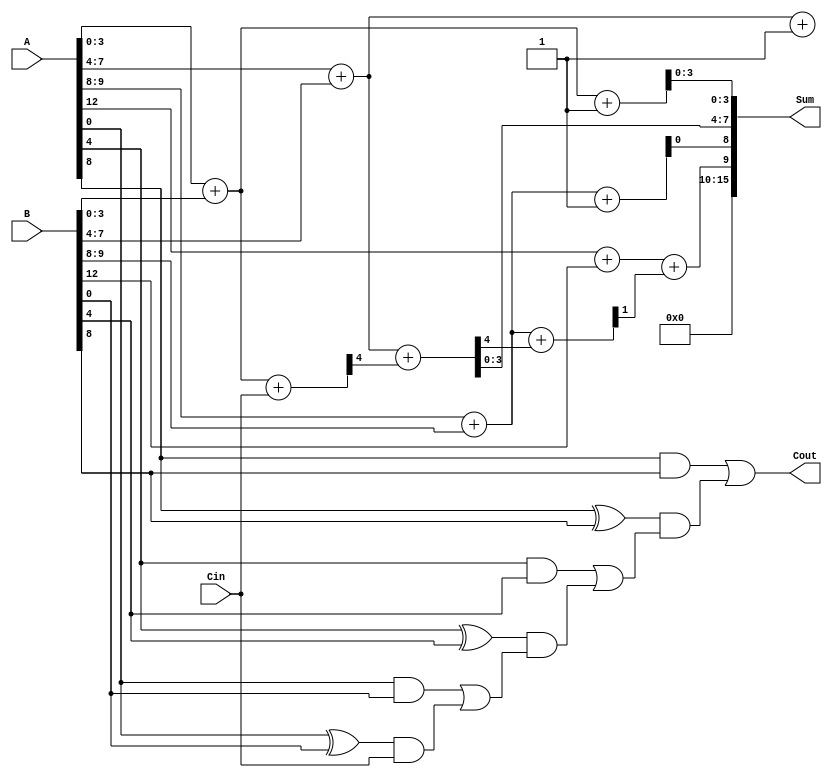
module Hybrid_Carry_Select_Adder (
    input [15:0] A,      // 16-bit input A
    input [15:0] B,      // 16-bit input B
    input Cin,           // Carry-in for the first segment
    output [15:0] Sum,   // 16-bit Sum output
    output Cout          // Carry-out
);

    wire [3:0] S0, S1, S2, S3; // Sum outputs for each segment
    wire C0, C1, C2, C3;       // Carry outputs for each segment
    wire [3:0] P0, P1, P2, P3; // Propagate signals
    wire [3:0] G0, G1, G2, G3; // Generate signals

    // Segment 0
    assign {C0, S0} = A[3:0] + B[3:0] + Cin; // Carry-in is Cin
    assign {C0, S1} = A[3:0] + B[3:0] + 1'b1; // Carry-in is 1

    // Segment 1
    assign {C1, S2} = A[7:4] + B[7:4] + C0; // Carry-in is C0
    assign {C1, S3} = A[7:4] + B[7:4] + 1'b1; // Carry-in is 1

    // Segment 2
    assign {C2, S4} = A[11:8] + B[11:8] + C1; // Carry-in is C1
    assign {C2, S5} = A[11:8] + B[11:8] + 1'b1; // Carry-in is 1

    // Segment 3
    assign {C3, S6} = A[15:12] + B[15:12] + C2; // Carry-in is C2
    assign {C3, S7} = A[15:12] + B[15:12] + 1'b1; // Carry-in is 1

    // Propagate and Generate signals
    assign P0 = A[3:0] ^ B[3:0];
    assign G0 = A[3:0] & B[3:0];

    assign P1 = A[7:4] ^ B[7:4];
    assign G1 = A[7:4] & B[7:4];

    assign P2 = A[11:8] ^ B[11:8];
    assign G2 = A[11:8] & B[11:8];

    assign P3 = A[15:12] ^ B[15:12];
    assign G3 = A[15:12] & B[15:12];

    // Carry Lookahead Logic
    wire C1_select, C2_select, C3_select;

    assign C1_select = G0 | (P0 & Cin);
    assign C2_select = G1 | (P1 & C1_select);
    assign C3_select = G2 | (P2 & C2_select);

    // Final Sum and Carry Outputs
    assign Sum = {S6, S5, S2, S1};
    assign Cout = C3_select;

endmodule